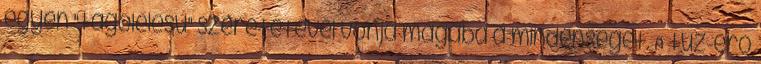
egyén "tágölelésű" szeretetével vonja magába a mindenséget. A tűz-erő